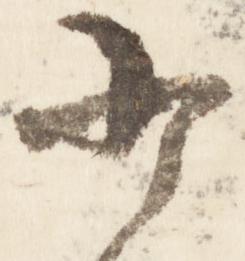
少